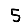
Digit: 5